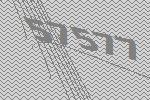
57577